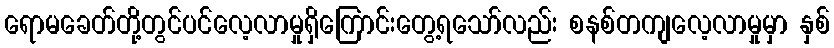
ရောမခေတ်တို့တွင်ပင်လေ့လာမှုရှိကြောင်းတွေ့ရသော်လည်း စနစ်တကျလေ့လာမှုမှာ နှစ်